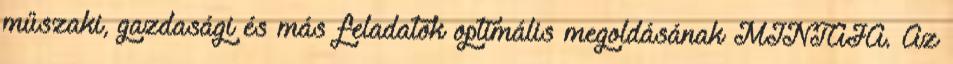
műszaki, gazdasági és más feladatok optimális megoldásának MINTÁJA. Az